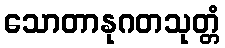
သောတာနုဂတသုတ္တံ